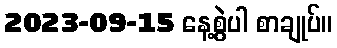
2023-09-15 နေ့စွဲပါ စာချုပ်။